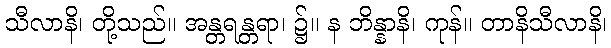
သီလာနိ၊ တို့သည်။ အန္တရန္တရာ၊ ၌။ န ဘိန္နာနိ၊ ကုန်။ တာနိသီလာနိ၊